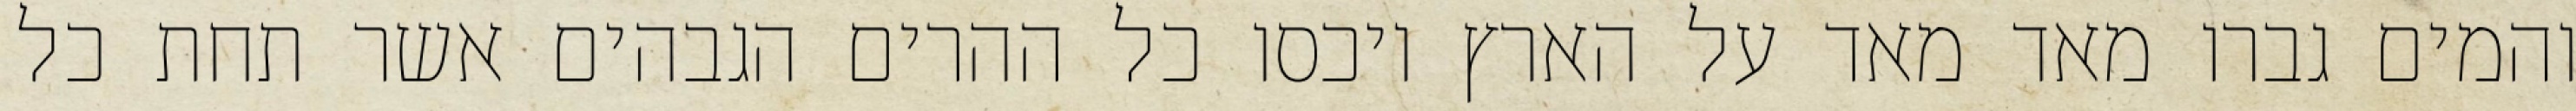
והמים גברו מאד מאד על הארץ ויכסו כל ההרים הגבהים אשר תחת כל